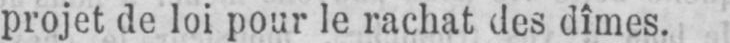
projet de loi pour le rachat des dîmes.